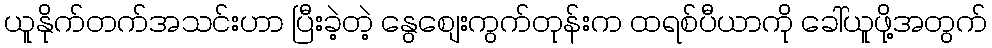
ယူနိုက်တက်အသင်းဟာ ပြီးခဲ့တဲ့ နွေစျေးကွက်တုန်းက ထရစ်ပီယာကို ခေါ်ယူဖို့အတွက်